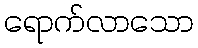
ရောက်လာသော